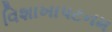
વિશાખાપટનમ